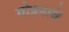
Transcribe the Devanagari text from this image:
गोत्रनावे